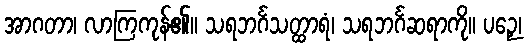
အာဂတာ၊ လာကြကုန်၏။ သရဘင်္ဂသတ္ထာရံ၊ သရဘင်္ဂဆရာကို။ ပဉှေ၊